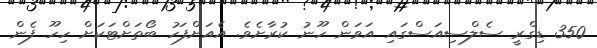
350 ޑިގްރީ ސެލްސިއަސްގައި އަވަން ހޫނު ކުރާށެވެ. އެއަށްފަހު ބޯތަށްޓަކަށް ހިހޫ ފެން